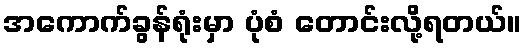
အကောက်ခွန်ရုံးမှာ ပုံစံ တောင်းလို့ရတယ်။